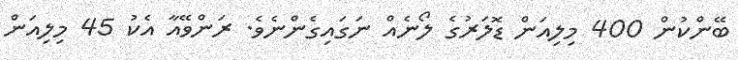
ބޭންކުން 400 މިލިއަން ޑޮލަރުގެ ލޯނެއް ނަގައިގެންނެވެ. ރަންވޭއާ އެކު 45 މިލިއަން